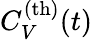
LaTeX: C_{V}^{\mathrm{(th)}}(t)